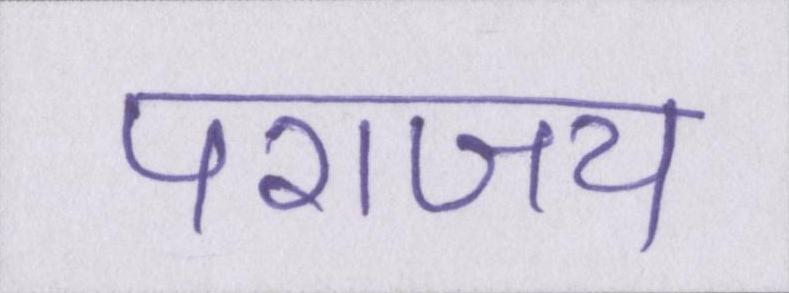
पराजय